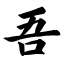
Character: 吾